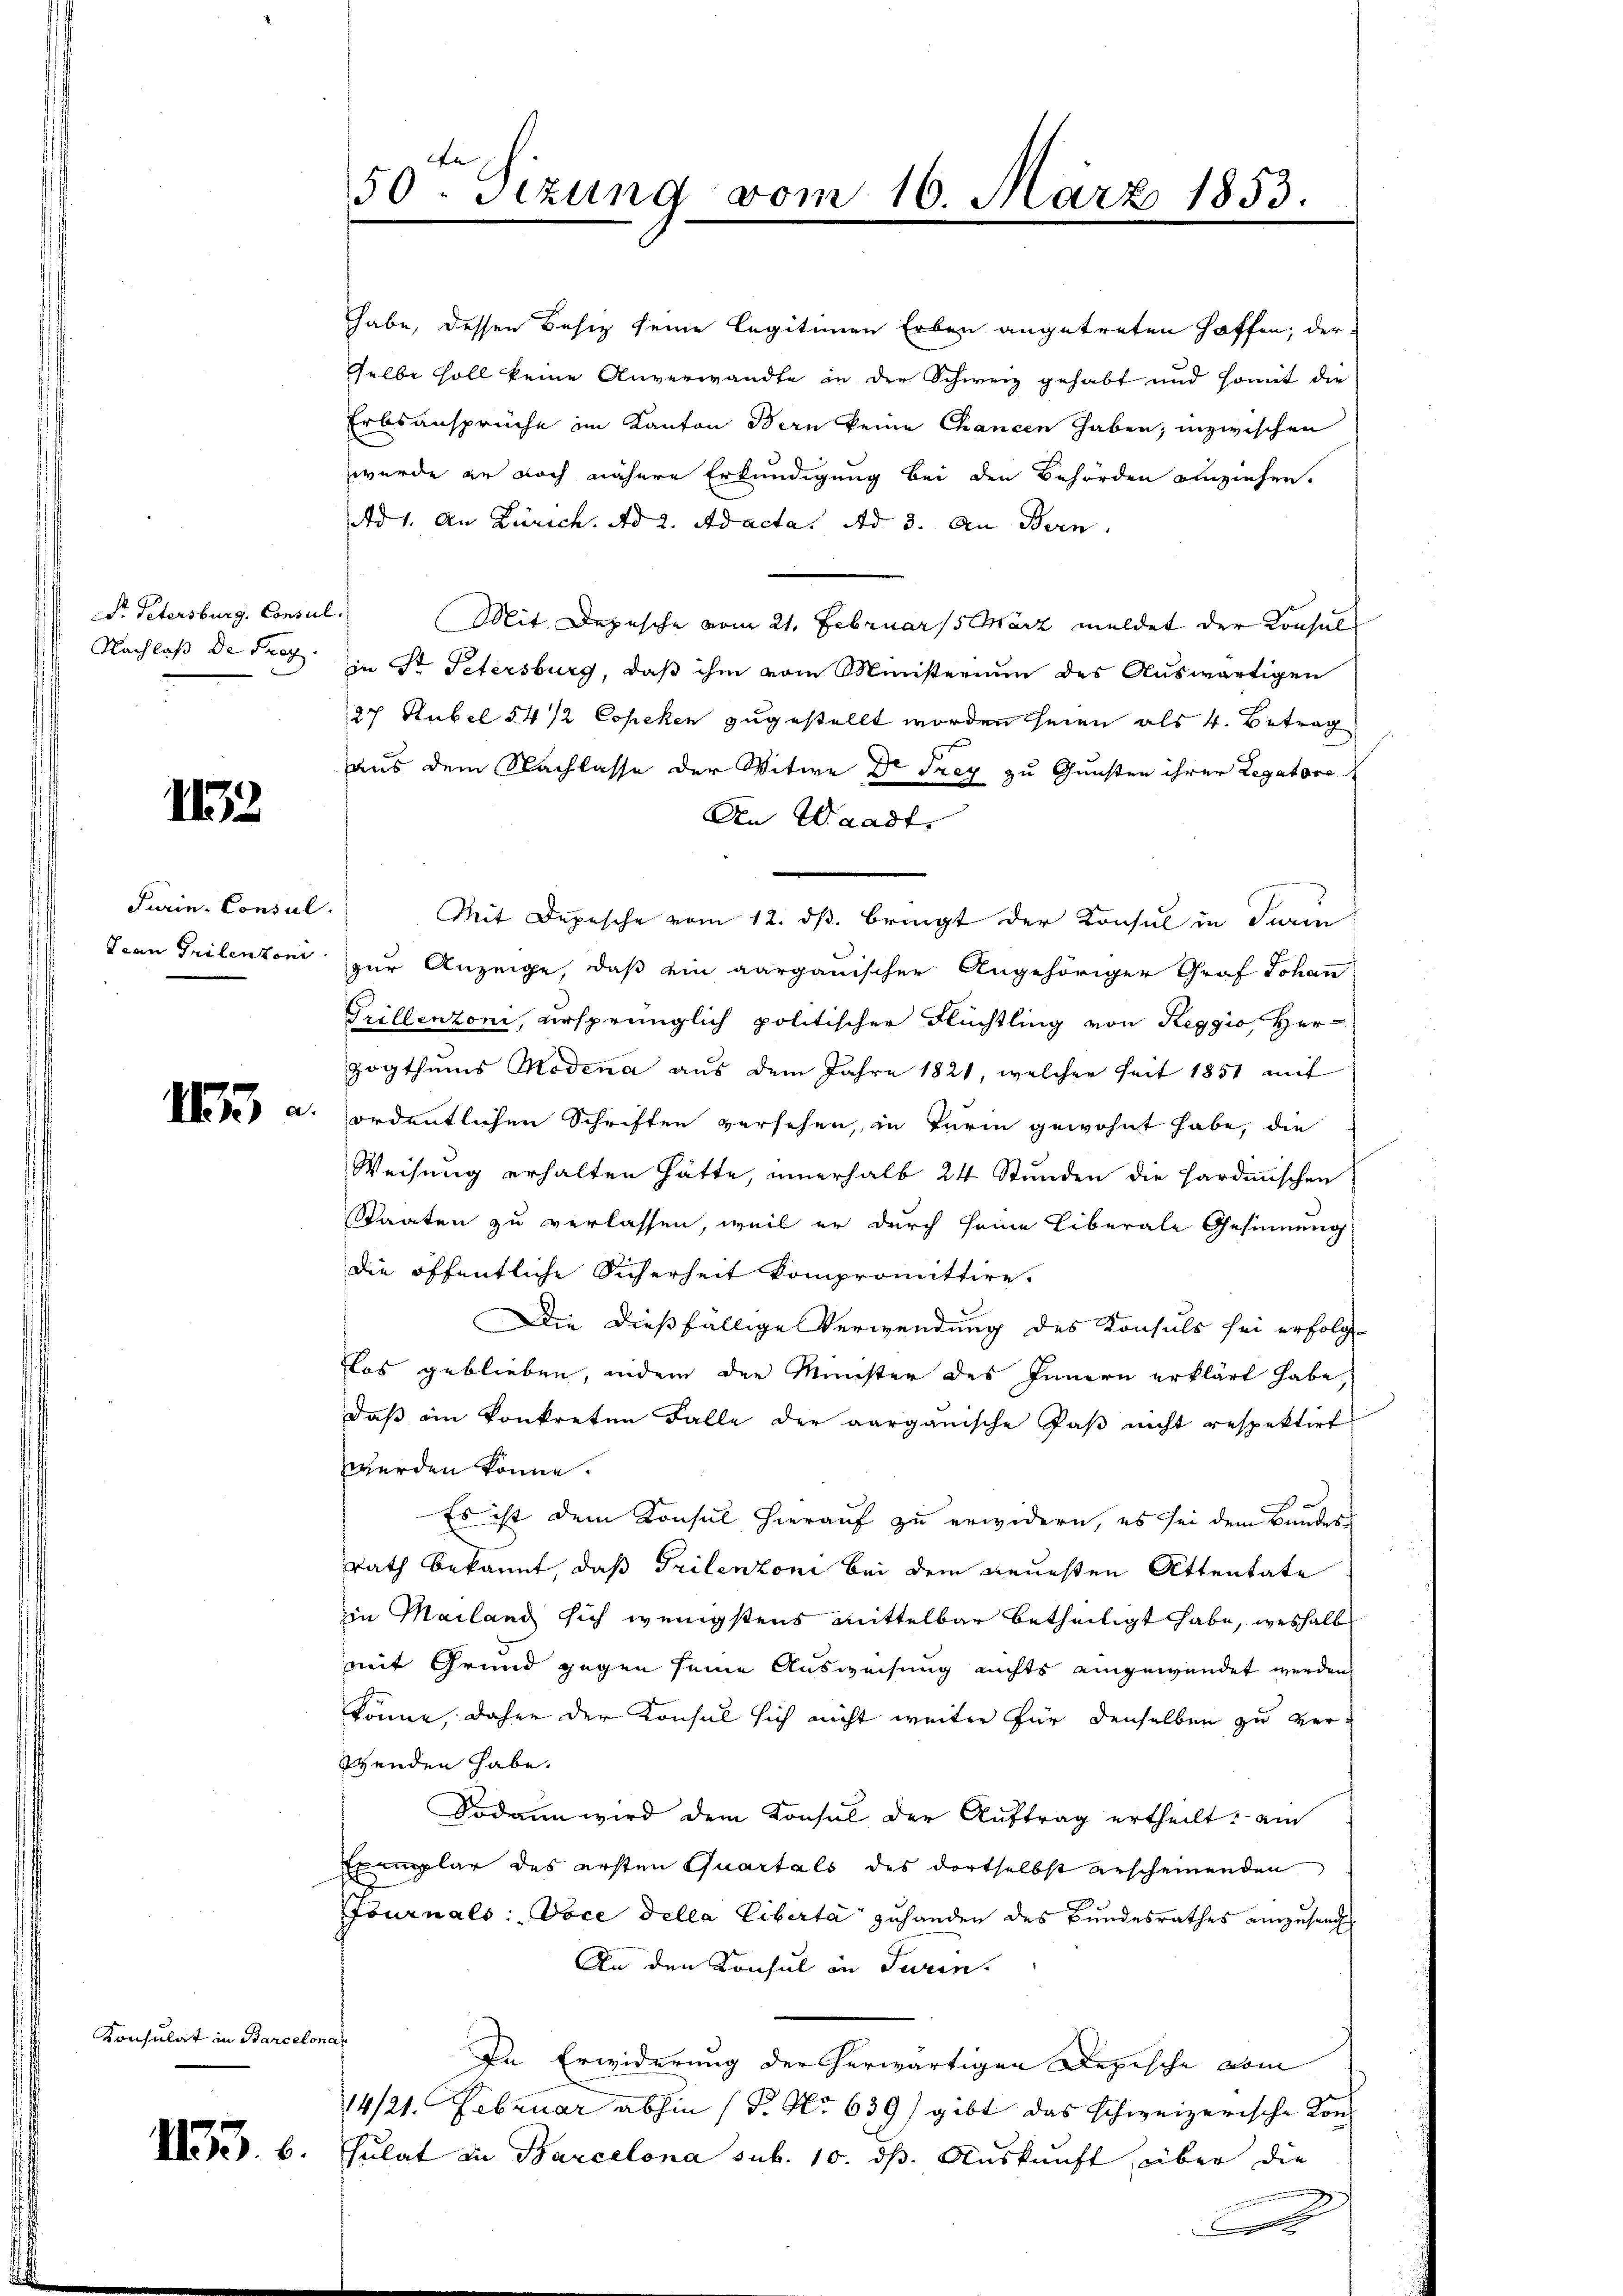
Pr. Petersburg, Consul
Nachlaß der Frag

1152.

Furin-Consul
Jean Grilenzoni

II a

Konsulat in Barcelona

1153. 6.

50ten Sizung vom 16. März 1853.

habe, dessen Besitz seine legitimen Erben angetreten hoffen; der
selbe soll keine Anverwandte in der Schweiz gehabt und somit die
Erbsansprüche im Kanton Bern keine Chancen haben; inzwischen
wurde er noch nähere Erkundigung bei den Behörden einziehen.
Ad 1. An Zürich. Ad 2. Adacta Ad 3. An Bern,
Mit Depesche vom 21. Februar 15 März meldet der Konsul
in St. Petersburg, daß ihm vom Ministerium des Auswärtigen
27 Hubel §4/2 Copeken zugestellt worden seien als 4. Betrag
aus dem Nachlasse der Witwe Dr Frey zu Gunsten ihrer Legatore
An Waadt.
Mit Depesche vom 12. ds. bringt der Konsul in Turin
zur Anzeige, daß ein aargauischen Angehöriger Graf Johann
Trillenzoni, ursprünglich politischen Flüchtling von Reggio, Her-
zogthums Modena aus dem Jahre 1821, welcher seit 1851 mit
ordentlichen Schriften versehen, in Turin gewohnt habe, die
Weisung erhalten hätte, innerhalb 24 Stunden die Hardinischen
Staaten zu verlassen, weil er durch seine Liberale Gesinnung
die öffentliche Sicherheit kompromittire.
Die dießfällige Verwendung des Konsuls sei erfolg-
Llos geblieben, indem der Minister des Innern erklärt habe,
daß in konkreten Falle der aarganische Paß nicht respektirt
werden könne.
Es ist dem Konsul hierauf zu erwidern, es sei dem Bauder
rath bekannt, daß Trilenzoni bei dem neuesten Attentate
in Mailand sich wenigstens mittelbar betheiligt habe, weshalb
mit Grund gegen seine Ausweisung nichts eingewendet werden,
könne, daher der Konsul sich nicht weiter für denselben zu ver¬
Wenden habe.
Sodann wird dem Konsul der Aŭftrag ertheilt, ain
Exemplar des ersten Quartals des dortselbst erscheinenden
Journals: Voce della liberta zuhanden des Bundesrathes einzusend
An den Konsul in Turin.
In Erwiderung der herwärtigen Depesche vom
14/21. Februar abhin (T. No 639) gibt das schweizerische Konsulat in Barcelona sub. 10. ds. Auskunft über die
D